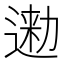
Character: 𨔤